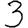
Digit: 3